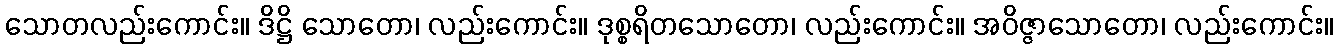
သောတလည်းကောင်း။ ဒိဋ္ဌိ သောတော၊ လည်းကောင်း။ ဒုစ္စရိတသောတော၊ လည်းကောင်း။ အဝိဇ္ဇာသောတော၊ လည်းကောင်း။